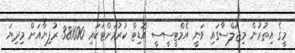
މީގެ އިތުރުން މިޖަލްސާގައި ވަނީ އެމްޓީސީސީ އޮޑިޓް ކުރުމަށްޓަކައި 381600 ރުފިޔާއަށް މިދިޔަ